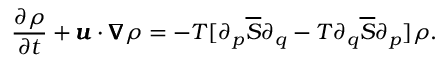
\frac { \partial \rho } { \partial t } + \pmb { u } \cdot \pmb { \nabla } \rho = - T [ \partial _ { p } \overline { { S } } \partial _ { q } - T \partial _ { q } \overline { { S } } \partial _ { p } ] \rho .